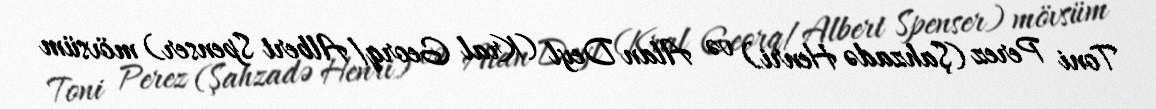
Toni Perez (Şahzadə Henri) və Alan Deyl (Kral Georq/Albert Spenser) mövsüm